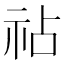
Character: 𫀅